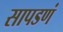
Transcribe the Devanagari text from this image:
सापडणं